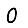
Digit: 0